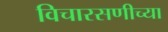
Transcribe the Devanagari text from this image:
विचारसणीच्या